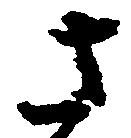
さ